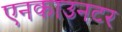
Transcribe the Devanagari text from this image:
एनकाउनटर